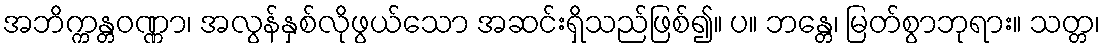
အဘိက္ကန္တဝဏ္ဏာ၊ အလွန်နှစ်လိုဖွယ်သော အဆင်းရှိသည်ဖြစ်၍။ ပ။ ဘန္တေ၊ မြတ်စွာဘုရား။ သတ္တ၊